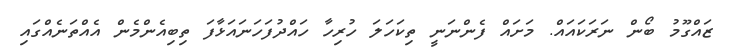
ޒައްގޫމު ބޯން ނަރަކައައް. މަށައް ފެންނަނީ ތިކަހަލަ ހުރިހާ ހައްދުފަހަނައަޅާފަ ތިބިއެންމެން އެއްތަނެއްގައި